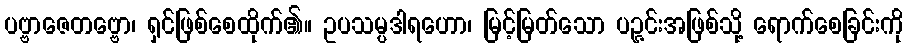
ပဗ္ဗာဇေတဗ္ဗော၊ ရှင်ဖြစ်စေထိုက်၏။ ဥပသမ္ပဒါရဟော၊ မြင့်မြတ်သော ပဉ္ဇင်းအဖြစ်သို့ ရောက်စေခြင်းကို